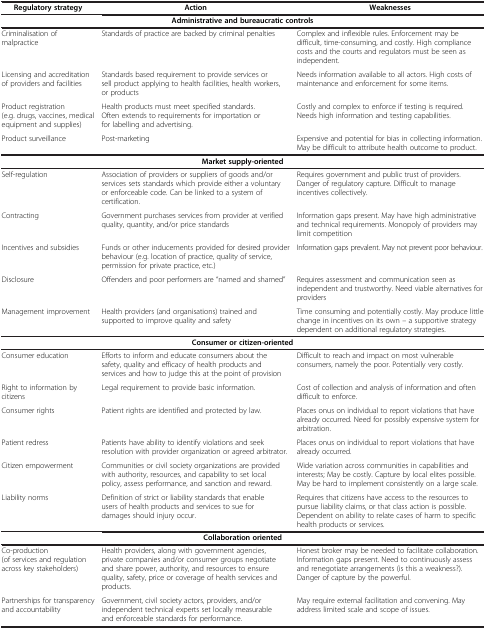
<table><thead><tr><td><b>Regulatory strategy</b></td><td><b>Action</b></td><td><b>Weaknesses</b></td></tr></thead><tbody><tr><td colspan="3"><b>Administrative and bureaucratic controls</b></td></tr><tr><td>Criminalisation of malpractice</td><td>Standards of practice are backed by criminal penalties</td><td>Complex and inflexible rules. Enforcement may be difficult, time-consuming, and costly. High compliance costs and the courts and regulators must be seen as independent.</td></tr><tr><td>Licensing and accreditation of providers and facilities</td><td>Standards based requirement to provide services or sell product applying to health facilities, health workers, or products</td><td>Needs information available to all actors. High costs of maintenance and enforcement for some items.</td></tr><tr><td>Product registration (e.g. drugs, vaccines, medical equipment and supplies)</td><td>Health products must meet specified standards. Often extends to requirements for importation or for labelling and advertising.</td><td>Costly and complex to enforce if testing is required. Needs high information and testing capabilities.</td></tr><tr><td>Product surveillance</td><td>Post-marketing</td><td>Expensive and potential for bias in collecting information. May be difficult to attribute health outcome to product.</td></tr><tr><td colspan="3"><b>Market supply-oriented</b></td></tr><tr><td>Self-regulation</td><td>Association of providers or suppliers of goods and/or services sets standards which provide either a voluntary or enforceable code. Can be linked to a system of certification.</td><td>Requires government and public trust of providers. Danger of regulatory capture. Difficult to manage incentives collectively.</td></tr><tr><td>Contracting</td><td>Government purchases services from provider at verified quality, quantity, and/or price standards</td><td>Information gaps present. May have high administrative and technical requirements. Monopoly of providers may limit competition</td></tr><tr><td>Incentives and subsidies</td><td>Funds or other inducements provided for desired provider behaviour (e.g. location of practice, quality of service, permission for private practice, etc.)</td><td>Information gaps prevalent. May not prevent poor behaviour.</td></tr><tr><td>Disclosure</td><td>Offenders and poor performers are &quot;named and shamed&quot;</td><td>Requires assessment and communication seen as independent and trustworthy. Need viable alternatives for providers</td></tr><tr><td>Management improvement</td><td>Health providers (and organisations) trained and supported to improve quality and safety</td><td>Time consuming and potentially costly. May produce little change in incentives on its own -- a supportive strategy dependent on additional regulatory strategies.</td></tr><tr><td colspan="3"><b>Consumer or citizen-oriented</b></td></tr><tr><td>Consumer education</td><td>Efforts to inform and educate consumers about the safety, quality and efficacy of health products and services and how to judge this at the point of provision</td><td>Difficult to reach and impact on most vulnerable consumers, namely the poor. Potentially very costly.</td></tr><tr><td>Right to information by citizens</td><td>Legal requirement to provide basic information.</td><td>Cost of collection and analysis of information and often difficult to enforce.</td></tr><tr><td>Consumer rights</td><td>Patient rights are identified and protected by law.</td><td>Places onus on individual to report violations that have already occurred. Need for possibly expensive system for arbitration.</td></tr><tr><td>Patient redress</td><td>Patients have ability to identify violations and seek resolution with provider organization or agreed arbitrator.</td><td>Places onus on individual to report violations that have already occurred.</td></tr><tr><td>Citizen empowerment</td><td>Communities or civil society organizations are provided with authority, resources, and capability to set local policy, assess performance, and sanction and reward.</td><td>Wide variation across communities in capabilities and interests; May be costly. Capture by local elites possible. May be hard to implement consistently on a large scale.</td></tr><tr><td>Liability norms</td><td>Definition of strict or liability standards that enable users of health products and services to sue for damages should injury occur.</td><td>Requires that citizens have access to the resources to pursue liability claims, or that class action is possible. Dependent on ability to relate cases of harm to specific health products or services.</td></tr><tr><td colspan="3"><b>Collaboration oriented</b></td></tr><tr><td>Co-production (of services and regulation across key stakeholders)</td><td>Health providers, along with government agencies, private companies and/or consumer groups negotiate and share power, authority, and resources to ensure quality, safety, price or coverage of health services and products.</td><td>Honest broker may be needed to facilitate collaboration. Information gaps present. Need to continuously assess and renegotiate arrangements (is this a weakness?). Danger of capture by the powerful.</td></tr><tr><td>Partnerships for transparency and accountability</td><td>Government, civil society actors, providers, and/or independent technical experts set locally measurable and enforceable standards for performance.</td><td>May require external facilitation and convening. May address limited scale and scope of issues.</td></tr></tbody></table>